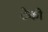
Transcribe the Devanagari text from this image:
टेको